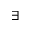
\exists